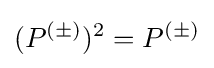
(P^{(\pm )})^{2}=P^{(\pm )}